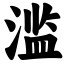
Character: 滥